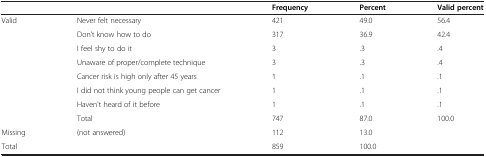
| <COLSPAN=2>  | Frequency | Percent | Valid percent |
 | --- | --- | --- | --- | --- |
 | <ROWSPAN=8> Valid | Never felt necessary | 421 | 49.0 | 56.4 |
 | Don’t know how to do | 317 | 36.9 | 42.4 |
 | I feel shy to do it | 3 | .3 | .4 |
 | Unaware of proper/complete technique | 3 | .3 | .4 |
 | Cancer risk is high only after 45 years | 1 | .1 | .1 |
 | I did not think young people can get cancer | 1 | .1 | .1 |
 | Haven't heard of it before | 1 | .1 | .1 |
 | Total | 747 | 87.0 | 100.0 |
 | Missing | (not answered) | 112 | 13.0 |  |
 | <COLSPAN=2> Total | 859 | 100.0 |  |